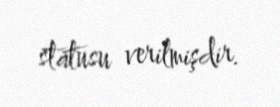
statusu verilmişdir.